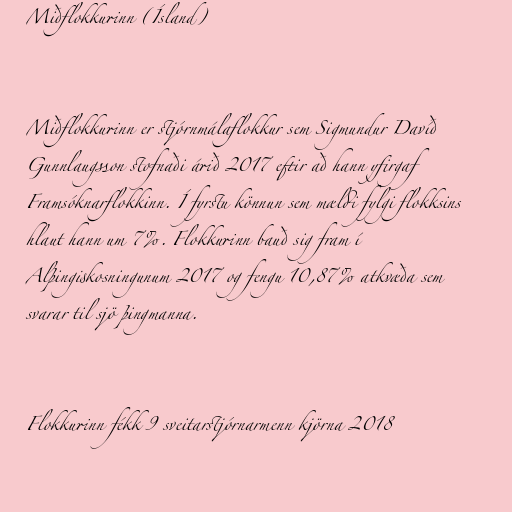
Miðflokkurinn (Ísland)

Miðflokkurinn er stjórnmálaflokkur sem Sigmundur Davíð
Gunnlaugsson stofnaði árið 2017 eftir að hann yfirgaf
Framsóknarflokkinn. Í fyrstu könnun sem mældi fylgi flokksins
hlaut hann um 7%. Flokkurinn bauð sig fram í
Alþingiskosningunum 2017 og fengu 10,87% atkvæða sem
svarar til sjö þingmanna.

Flokkurinn fékk 9 sveitarstjórnarmenn kjörna 2018